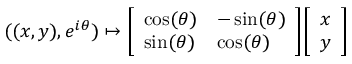
( ( x , y ) , e ^ { i \theta } ) \mapsto { \left[ \begin{array} { l l } { \cos ( \theta ) } & { - \sin ( \theta ) } \\ { \sin ( \theta ) } & { \cos ( \theta ) } \end{array} \right] } { \left[ \begin{array} { l } { x } \\ { y } \end{array} \right] }